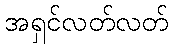
အရှင်လတ်လတ်